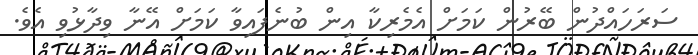
ސަރަހައްދުން ބޭރުން ކަމަށް އެމެރިކާ އިން ބުނެފައިވާ ކަމަށް އޭނާ ވިދާޅުވި އެވެ.